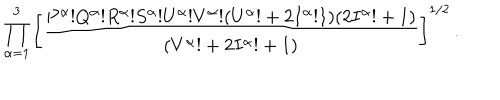
\prod _ { \alpha = 1 } ^ { 3 } \left[ { \frac { P ^ { \alpha } ! Q ^ { \alpha } ! R ^ { \alpha } ! S ^ { \alpha } ! U ^ { \alpha } ! V ^ { \alpha } ! ( U ^ { \alpha } ! + 2 I ^ { \alpha } ! 1 ) ( 2 I ^ { \alpha } ! + 1 ) } { ( V ^ { \alpha } ! + 2 I ^ { \alpha } ! + 1 ) } } \right] ^ { 1 / 2 } \, .